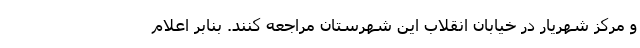
و مرکز شهریار در خیابان انقلاب این شهرستان مراجعه کنند. بنابر اعلام